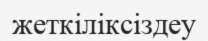
жеткіліксіздеу